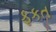
ફકત